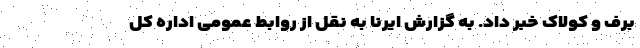
برف و کولاک خبر داد. به گزارش ایرنا به نقل از روابط عمومی اداره کل